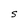
Character: S